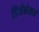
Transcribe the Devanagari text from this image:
डिजेनेशन